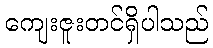
ကျေးဇူးတင်ရှိပါသည်